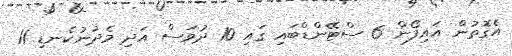
އެގޮތުން އައިފޯން 6 ސްޓޭންޑްބައި ގައި 10 ދުވަސް އަދި މެދުނުކެނޑި 11